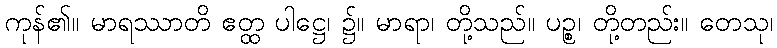
ကုန်၏။ မာရဿာတိ ဧတ္ထ ပါဋ္ဌေ၊ ၌။ မာရာ၊ တို့သည်။ ပဉ္စ၊ တို့တည်း။ တေသု၊